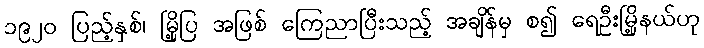
၁၉၂၀ ပြည့်နှစ်၊ မြို့ပြ အဖြစ် ကြေညာပြီးသည့် အချိန်မှ စ၍ ရေဦးမြို့နယ်ဟု